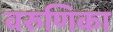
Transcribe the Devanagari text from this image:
वरुणिका